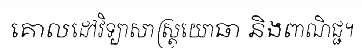
គោលដៅវិទ្យាសាស្ត្រយោធា និងពាណិជ្ជ។